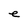
Character: e